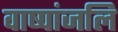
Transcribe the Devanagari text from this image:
वाष्पांजलि